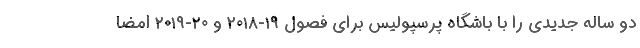
دو ساله جدیدی را با باشگاه پرسپولیس برای فصول ۱۹-۲۰۱۸ و ۲۰-۲۰۱۹ امضا